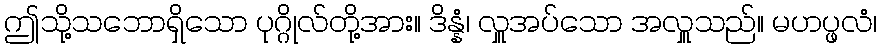
ဤသို့သဘောရှိသော ပုဂ္ဂိုလ်တို့အား။ ဒိန္နံ၊ လှူအပ်သော အလှူသည်။ မဟပ္ဖလံ၊